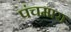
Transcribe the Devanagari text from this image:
पंचमारा